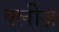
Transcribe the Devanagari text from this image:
क्लीज़